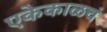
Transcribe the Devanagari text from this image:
एकेकाळचं